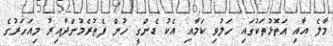
މާލެ އާއި އަތޮޅުތަކުގައި ހަލުވި ކަމާއި އެކު ޑެންގީ ހުން ފެތުރެމުންދާއިރު މިއަހަރުގެ